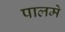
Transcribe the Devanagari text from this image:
पालमे